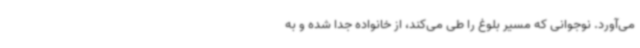
می‌آورد. نوجوانی که مسیر بلوغ را طی می‌کند، از خانواده جدا شده و به